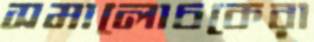
সমালোচকেরা